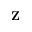
\textbf { Z }